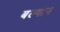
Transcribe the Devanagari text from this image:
बल्गान